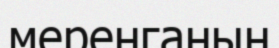
меренганың